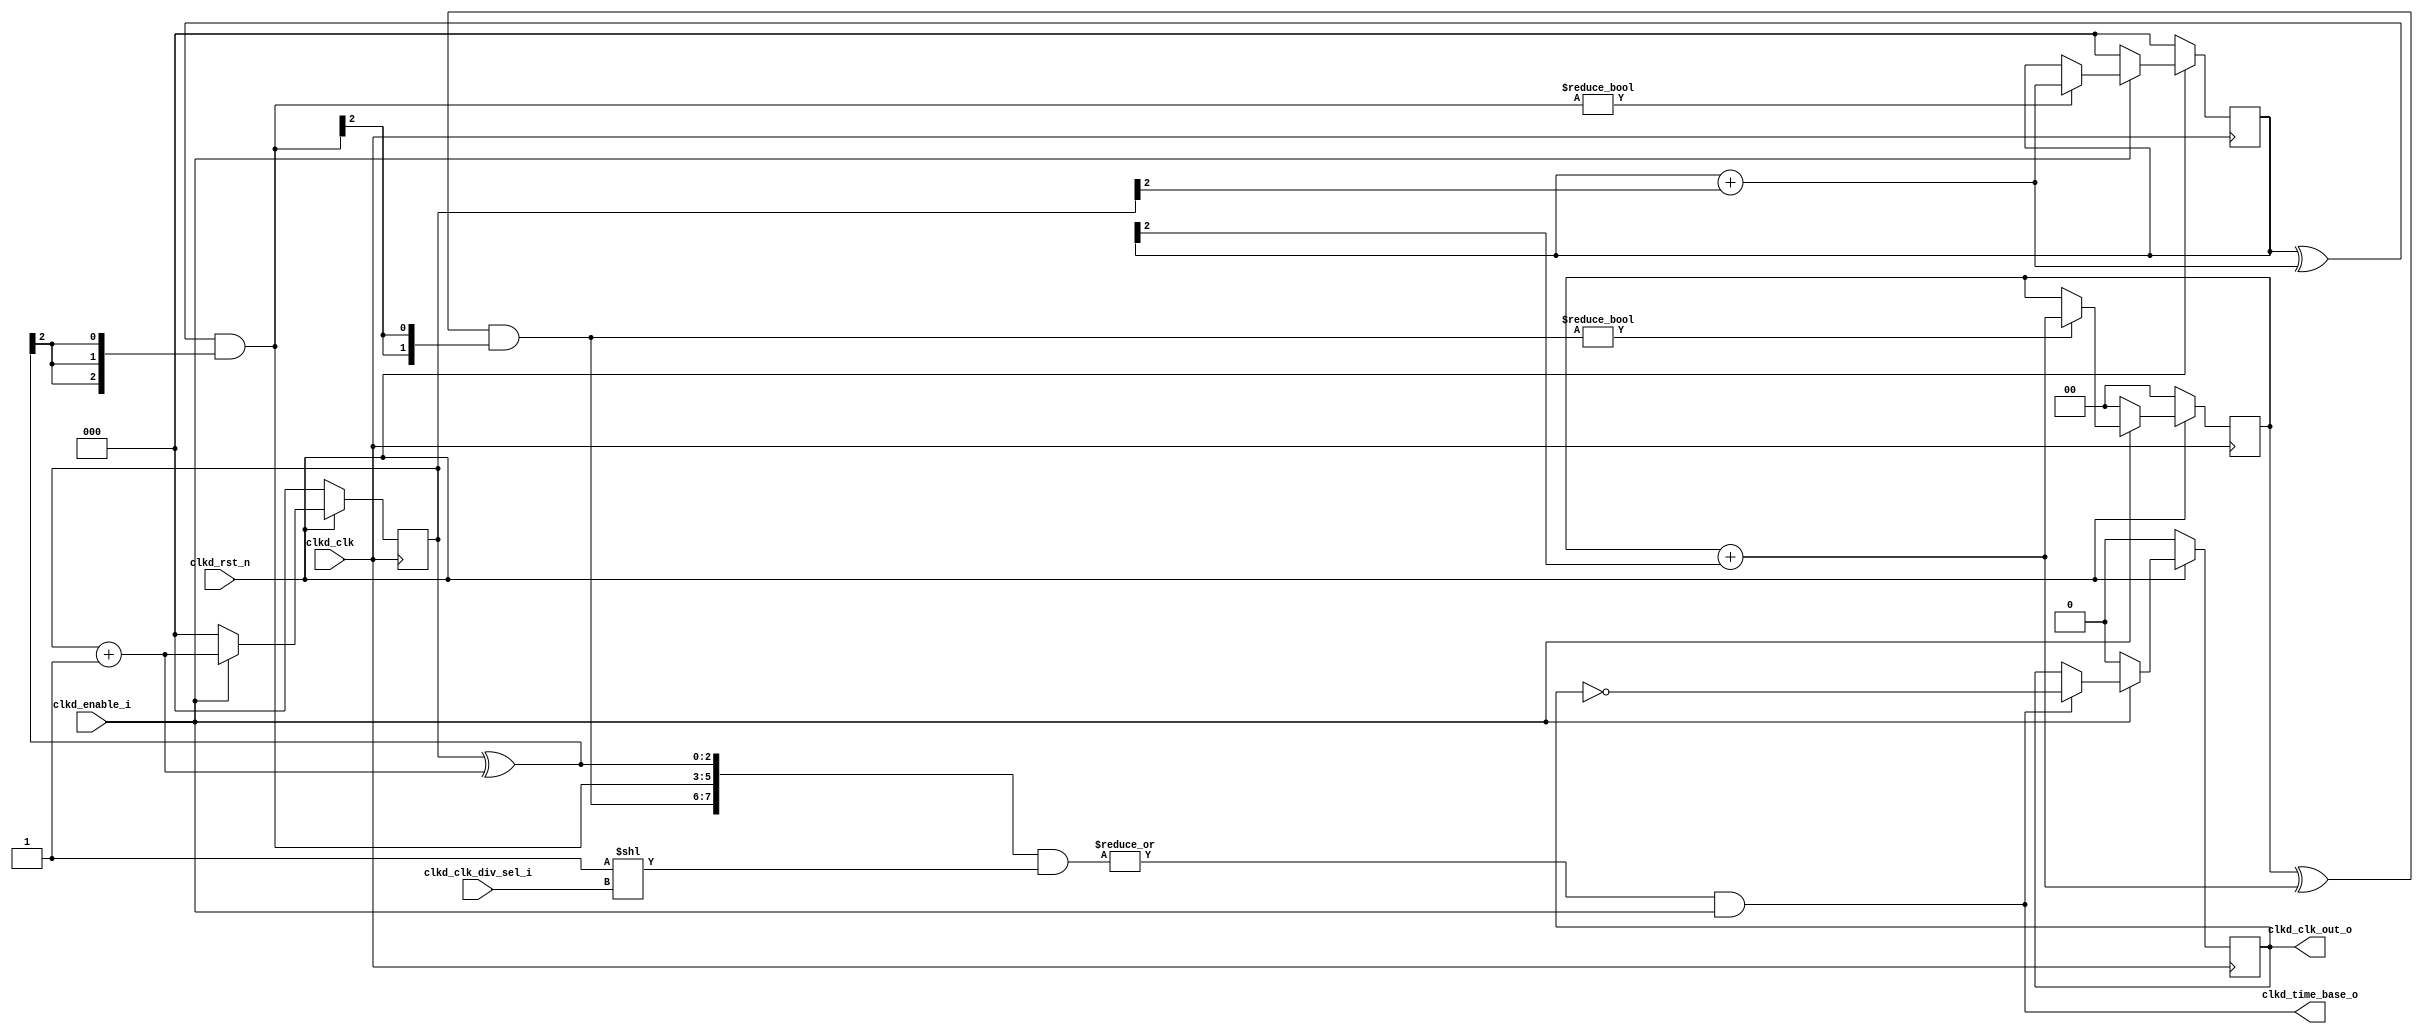
module spi_i2s_ipi_clk_div
#(
	parameter PARAM_CNT_WIDTH   = 8, // total number of bits
	parameter PARAM_STAGE_WIDTH = 3  // maximum number of the bits per stage
)(
  //Outputs
  output reg clkd_clk_out_o,       // clock output
  output clkd_time_base_o,         // indicate when there is transition in signal clkd_clk_out_o
	
	//Inputs
  input [clogb2(PARAM_CNT_WIDTH) - 1 : 0] clkd_clk_div_sel_i, // select the divisor of clock, 0-> /2, 1-> /4 etc
	input clkd_enable_i,                                        // enable clock output
	input clkd_clk,                                             // clock input
	input clkd_rst_n                                            // synchronous reset
);

//Ceiling of the log-base 2 of a number
function integer clogb2;
  input [31:0] value;
  reg div2;
  begin
 	  for (clogb2 = 0; value > 0; clogb2 = clogb2 + 1)
      value = value >> 1;
  end
endfunction

localparam CNT_REST_WIDTH = (PARAM_CNT_WIDTH % PARAM_STAGE_WIDTH); //number of bits of the rest counter
localparam STAGE_NUM      = (PARAM_CNT_WIDTH / PARAM_STAGE_WIDTH); //number of counters with CNT_WIDTH bits 
localparam HAS_REST_CNT   = (CNT_REST_WIDTH != 0);                 //indicates when there is rest counter

// Flops Definition
reg [PARAM_STAGE_WIDTH - 1 : 0] cnt_ff[0 : STAGE_NUM - 1];
reg [CNT_REST_WIDTH    - 1 : 0] rest_ff;

//Internal signals
wire [PARAM_STAGE_WIDTH - 1 : 0] cnt_ff_in[0 : STAGE_NUM - 1];
wire [PARAM_STAGE_WIDTH - 1 : 0] time_base[0 : STAGE_NUM - 1];
wire [PARAM_CNT_WIDTH   - 1 : 0] clk_div_sel; 
wire [CNT_REST_WIDTH    - 1 : 0] rest_ff_in;
wire [CNT_REST_WIDTH    - 1 : 0] rest_time_base;
wire [PARAM_CNT_WIDTH   - 1 : 0] time_base_array;


//generate one counter per stage 
generate
	genvar i;

	for(i = 0 ; i < STAGE_NUM; i = i + 1)
		begin
			if(i == 0) //the fisrt counter is enabled only by clkd_enable_i, not depending of previous stages
				begin
          assign cnt_ff_in[0] = cnt_ff[0] + 1'b1;
          assign time_base[0] = cnt_ff[0] ^ cnt_ff_in[0]; //sinalize transitions of the counter

          always @(posedge clkd_clk)
          	begin
          		if(!clkd_rst_n)
          			cnt_ff[0] <= {PARAM_STAGE_WIDTH{1'b0}}; 
          		else
          			begin
          				if(!clkd_enable_i)
          					cnt_ff[0] <= {PARAM_STAGE_WIDTH{1'b0}};		
          				else
          					cnt_ff[0] <= cnt_ff_in[0];
			          end
	          end
				end
		  else //this counters depend of previous stages
        begin
          assign cnt_ff_in[i] = cnt_ff[i] + cnt_ff[i - 1][PARAM_STAGE_WIDTH - 1];
          assign time_base[i] = (cnt_ff[i] ^ cnt_ff_in[i]) & {PARAM_STAGE_WIDTH{time_base[i - 1][PARAM_STAGE_WIDTH - 1]}};

      		always @(posedge clkd_clk)
		        begin
				      if(!clkd_rst_n)
					      cnt_ff[i] <= {PARAM_STAGE_WIDTH{1'b0}}; 
				      else
					      begin
						      if(!clkd_enable_i)
							      cnt_ff[i] <= {PARAM_STAGE_WIDTH{1'b0}};		
						      else
							      if(time_base[i])
							        cnt_ff[i] <= cnt_ff_in[i];
					      end
			      end  
        end
		end
endgenerate

generate
  if(HAS_REST_CNT)
    begin

      assign rest_ff_in     = rest_ff + cnt_ff[STAGE_NUM - 1][PARAM_STAGE_WIDTH - 1];
      assign rest_time_base = (rest_ff ^ rest_ff_in) & {PARAM_STAGE_WIDTH{time_base[STAGE_NUM - 1][PARAM_STAGE_WIDTH - 1]}};

      always @(posedge clkd_clk)
        begin
          if(!clkd_rst_n)
            rest_ff <= {CNT_REST_WIDTH{1'b0}}; 
          else
            begin
	            if(!clkd_enable_i)
		            rest_ff <= {CNT_REST_WIDTH{1'b0}};		
	            else
		            if(rest_time_base)
		              rest_ff <= rest_ff_in;
            end
        end 
    end
endgenerate

//decoding of clkd_div_sel_i
assign clk_div_sel = {{PARAM_CNT_WIDTH{1'b0}}, 1'b1} << clkd_clk_div_sel_i;

//this loop serialize the signals cointened in time_base matrix.
//so the signals that are in matrix form are transformed in array 
//form to make easy the generation of the mux
generate
	genvar j, k;
	for(j = 0; j < STAGE_NUM; j = j + 1)
		for(k = 0; k < PARAM_STAGE_WIDTH; k = k + 1)
			begin
				assign time_base_array[j*PARAM_STAGE_WIDTH + k] = time_base[j][k]; 
			end

	if(HAS_REST_CNT)
		assign time_base_array[STAGE_NUM + PARAM_STAGE_WIDTH + 1 +: CNT_REST_WIDTH] = rest_time_base;

endgenerate

//Mux generation
assign clkd_time_base_o = (|(time_base_array & clk_div_sel)) & clkd_enable_i;

//Toggle flop used to avoid the mux in the output of counters
always @(posedge clkd_clk) 
	begin
		if(!clkd_rst_n)
			clkd_clk_out_o <= 1'b0;
		else
			if(!clkd_enable_i)
				clkd_clk_out_o <= 1'b0;
			else
				if(clkd_time_base_o)
					clkd_clk_out_o <= ~clkd_clk_out_o;
	end

endmodule